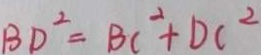
B D ^ { 2 } = B C ^ { 2 } + D C ^ { 2 }